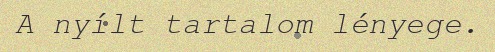
A nyílt tartalom lényege.